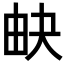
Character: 𤱉